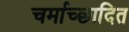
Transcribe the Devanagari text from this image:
चर्माच्छादित